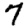
Digit: 7